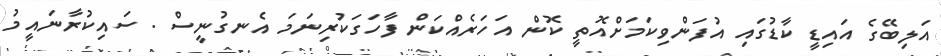
އަލިބޭގެ އައިޑީ ކާޑުގައި އުފަންވިކަމަށްއޮތީ ކޮން އަހަރެއްކަން ފާހަގަކުރިނަމަ އެނގުނީސް . ސައިކުރާނައީމު